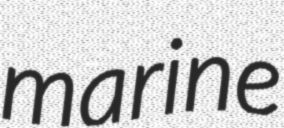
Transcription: marine